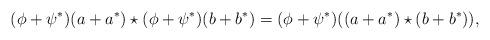
LaTeX: \begin{gather*} (\phi + \psi^*)(a + a^*) \star (\phi + \psi^*)(b+b^*) = (\phi + \psi^*)((a+a^*) \star (b+b^*)), \end{gather*}